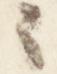
之